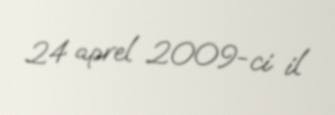
24 aprel 2009-ci il